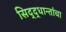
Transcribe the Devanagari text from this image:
सिद्द्धान्तांचा